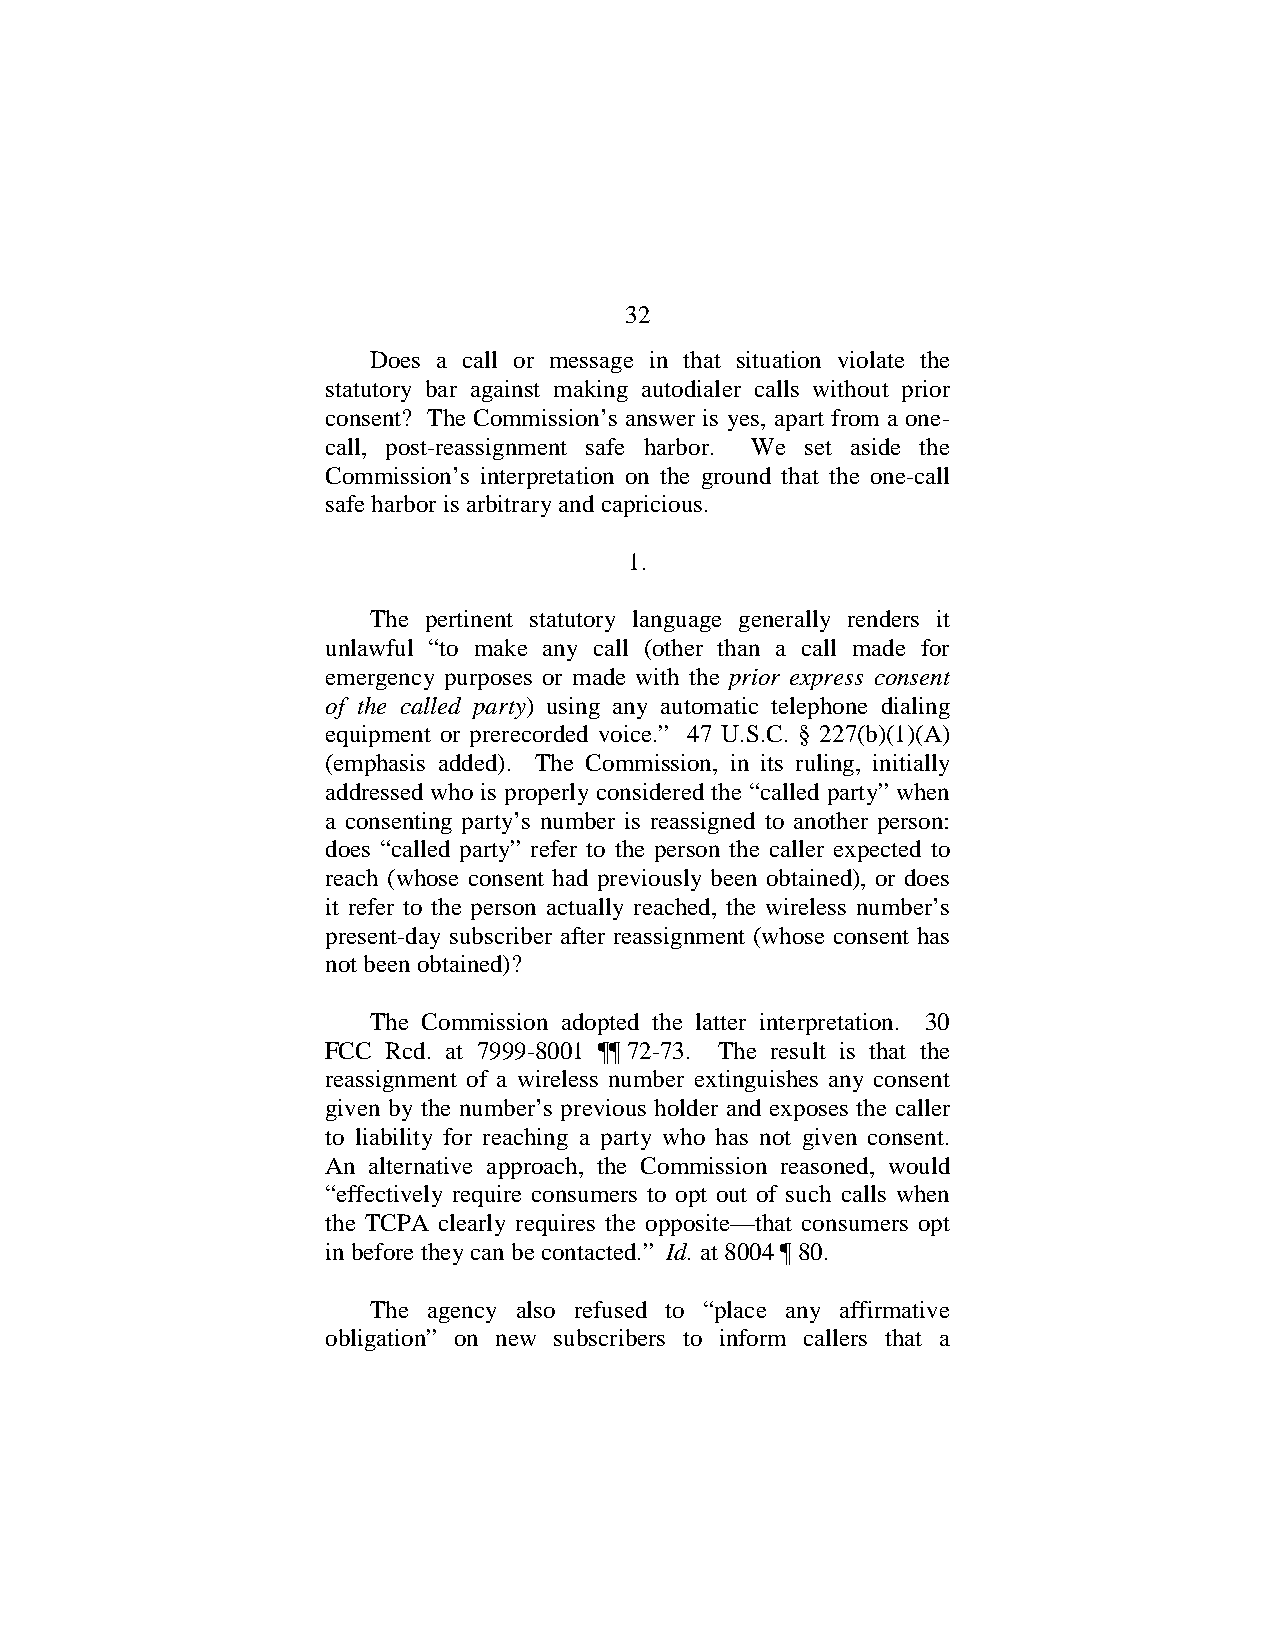
32
 Does a call or message in that situation violate the
 statutory bar against making autodialer calls without prior
 consent? The Commission’s answer is yes, apart from a one-
 call, post-reassignment safe harbor. We set aside the
 Commission’s interpretation on the ground that the one-call
 safe harbor is arbitrary and capricious.
 1.
 The pertinent statutory language generally renders it
 unlawful “to make any call (other than a call made for
 emergency purposes or made with the prior express consent
 of the called party) using any automatic telephone dialing
 equipment or prerecorded voice.” 47 U.S.C. § 227(b)(1)(A)
 (emphasis added). The Commission, in its ruling, initially
 addressed who is properly considered the “called party” when
 a consenting party’s number is reassigned to another person:
 does “called party” refer to the person the caller expected to
 reach (whose consent had previously been obtained), or does
 it refer to the person actually reached, the wireless number’s
 present-day subscriber after reassignment (whose consent has
 not been obtained)?
 The Commission adopted the latter interpretation. 30
 FCC Rcd. at 7999-8001 ¶¶ 72-73. The result is that the
 reassignment of a wireless number extinguishes any consent
 given by the number’s previous holder and exposes the caller
 to liability for reaching a party who has not given consent.
 An alternative approach, the Commission reasoned, would
 “effectively require consumers to opt out of such calls when
 the TCPA clearly requires the opposite—that consumers opt
 in before they can be contacted.” Id. at 8004 ¶ 80.
 The agency also refused to “place any affirmative
 obligation” on new subscribers to inform callers that a